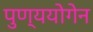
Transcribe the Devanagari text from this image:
पुण्ययोगेन